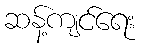
ဆန့်ကျင်ရေး